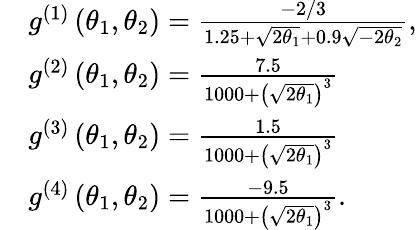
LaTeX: \begin{array}{rl}&{g^{(1)}\left(\theta_{1},\theta_{2}\right)=\frac{-2/3}{1.25+\sqrt{2\theta_{1}}+0.9\sqrt{-2\theta_{2}}}\mathrm{,}}\\ &{g^{(2)}\left(\theta_{1},\theta_{2}\right)=\frac{7.5}{1000+\left(\sqrt{2\theta_{1}}\right)^{3}}}\\ &{g^{(3)}\left(\theta_{1},\theta_{2}\right)=\frac{1.5}{1000+\left(\sqrt{2\theta_{1}}\right)^{3}}}\\ &{g^{(4)}\left(\theta_{1},\theta_{2}\right)=\frac{-9.5}{1000+\left(\sqrt{2\theta_{1}}\right)^{3}}\mathrm{.}}\end{array}